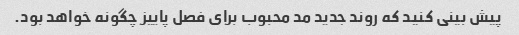
پیش بینی کنید که روند جدید مد محبوب برای فصل پاییز چگونه خواهد بود.